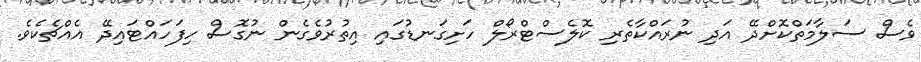
ވެސް ސަލާމަތްކޮށްދޭ އަދި ނުރައްކާތެރި ކޮލެސްޓްރޯލް ހަށިގަނޑުގައި އިތުރުވެގެން ނުގޮސް ހިފަހައްޓައިދޭ އެއްޗެކެވެ.